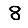
Digit: 8